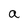
Character: a